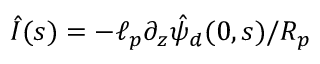
\hat { I } ( s ) = - \ell _ { p } \partial _ { z } \hat { \psi } _ { d } ( 0 , s ) / R _ { p }